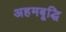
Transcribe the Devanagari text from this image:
अहमबूद्धि